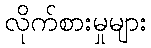
လိုက်စားမှုများ